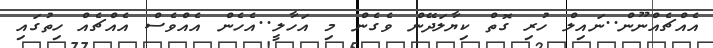
އެއްޗެއްނޫން..ނައިލް ހުރި ގޮތް ކިޔާލަދޭން ވެގެން މި އަހާލީ..އެހެން އެއްވެސް އެއްޗެއް ހިތުގައި